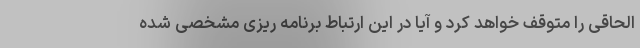
الحاقی را متوقف خواهد کرد و آیا در این ارتباط برنامه ریزی مشخصی شده